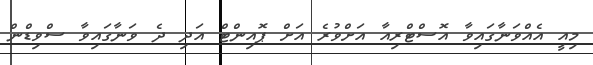
މިއީ އެއްވަނާގައިވާ އޮސްޓްރިއާ އަށްވުރެ އަށް ޕޮއިންޓް އަދި ދެ ވަނާގައިވާ ސްވިޑްން